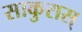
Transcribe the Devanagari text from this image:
साकुरास्